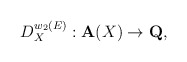
\begin{align*}D^{w_2(E)}_X: {\bf A}(X) \rightarrow {\bf Q},\end{align*}